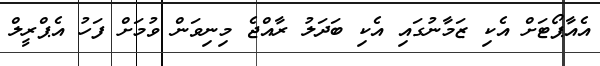
އެއާޕޯޓަށް އެކި ޒަމާނުގައި އެކި ބަދަލު ރާއްޖެ މިނިވަން ވުމަށް ފަހު އެޕްރީލް